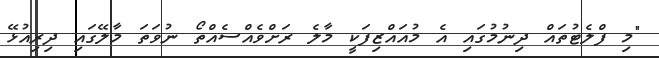
"މި ފްލެޓުތައް ދިނުމުގައި އެ މުއައްޒިފަކީ މާލެ ރަށްވެއްސެއްތޯ ނުވަތަ މާލޭގައި ދިރިއުޅޭ